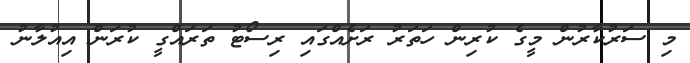
މި ސަރުކާރުން މީގެ ކުރިން ހަތަރު ރަށެއްގައި ރިސޯޓު ތަރައްގީ ކުރަން އިއުލާނު